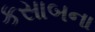
કસાબના